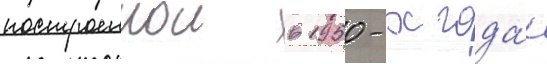
построеннои в 1950-х года́х